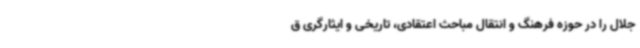
جلال را در حوزه فرهنگ و انتقال مباحث اعتقادی، تاریخی و ایثارگری ق